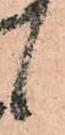
候